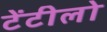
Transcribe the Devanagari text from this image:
टेंटीलो